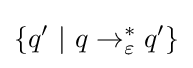
\{q'~|~q\to _{\varepsilon }^{*}q'\}